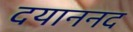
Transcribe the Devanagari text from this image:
दयाननद